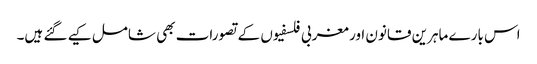
اس بارے ماہرین قانون اور مغربی فلسفیوں کے تصورات بھی شامل کیے گئے ہیں۔